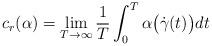
LaTeX: \begin{align*} c_r(\alpha) = \lim_{T\to\infty}\frac{1}{T}\int_0^T\alpha\bigl(\dot\gamma(t)\bigr)dt\end{align*}